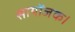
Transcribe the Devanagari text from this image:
सायोंजक।